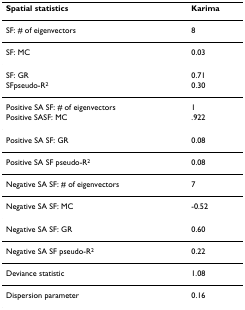
<table><thead><tr><td><b>Spatial statistics</b></td><td><b>Karima</b></td></tr></thead><tbody><tr><td>SF: # of eigenvectors</td><td>8</td></tr><tr><td>SF: MC</td><td>0.03</td></tr><tr><td>SF: GR</td><td>0.71</td></tr><tr><td>SFpseudo-R<sup>2</sup></td><td>0.30</td></tr><tr><td>Positive SA SF: # of eigenvectors</td><td>1</td></tr><tr><td>Positive SASF: MC</td><td>.922</td></tr><tr><td>Positive SA SF: GR</td><td>0.08</td></tr><tr><td>Positive SA SF pseudo-R<sup>2</sup></td><td>0.08</td></tr><tr><td>Negative SA SF: # of eigenvectors</td><td>7</td></tr><tr><td>Negative SA SF: MC</td><td>-0.52</td></tr><tr><td>Negative SA SF: GR</td><td>0.60</td></tr><tr><td>Negative SA SF pseudo-R<sup>2</sup></td><td>0.22</td></tr><tr><td>Deviance statistic</td><td>1.08</td></tr><tr><td>Dispersion parameter</td><td>0.16</td></tr></tbody></table>